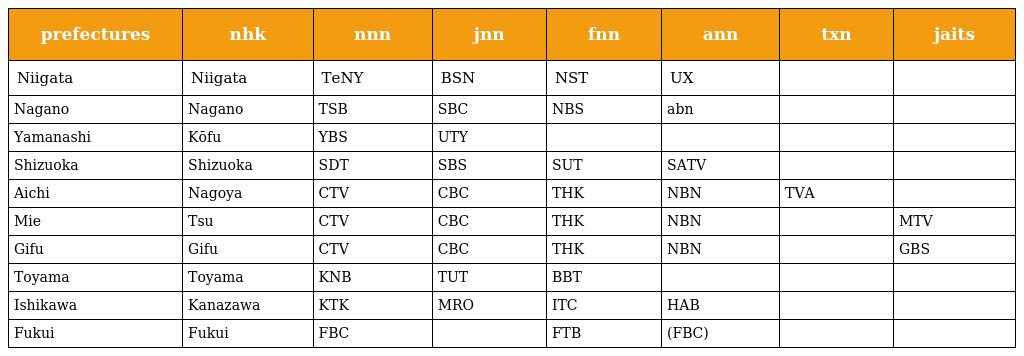
| prefectures | nhk | nnn | jnn | fnn | ann | txn | jaits |
 | --- | --- | --- | --- | --- | --- | --- | --- |
 | Niigata | Niigata | TeNY | BSN | NST | UX |  |  |
 | Nagano | Nagano | TSB | SBC | NBS | abn |  |  |
 | Yamanashi | Kōfu | YBS | UTY |  |  |  |  |
 | Shizuoka | Shizuoka | SDT | SBS | SUT | SATV |  |  |
 | Aichi | Nagoya | CTV | CBC | THK | NBN | TVA |  |
 | Mie | Tsu | CTV | CBC | THK | NBN |  | MTV |
 | Gifu | Gifu | CTV | CBC | THK | NBN |  | GBS |
 | Toyama | Toyama | KNB | TUT | BBT |  |  |  |
 | Ishikawa | Kanazawa | KTK | MRO | ITC | HAB |  |  |
 | Fukui | Fukui | FBC |  | FTB | (FBC) |  |  |